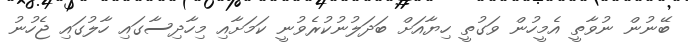
ބޭނުން ނުވާތީ އެމީހުން ވަގުތީ ހިޔާއަށް ބަދަލުނުކުރެވުނީ ކަމަށާއި މިހާދިސާގައި ހާލުގައި ޖެހުނު